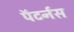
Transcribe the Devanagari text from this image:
पॅटर्नस